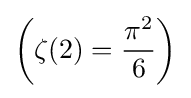
\left(\zeta (2)={\frac {\pi ^{2}}{6}}\right)